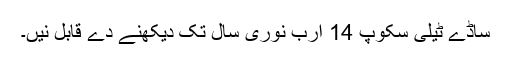
ساڈے ٹیلی سکوپ 14 ارب نوری سال تک دیکھنے دے قابل نيں۔